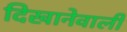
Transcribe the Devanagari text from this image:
दिखानेवाली